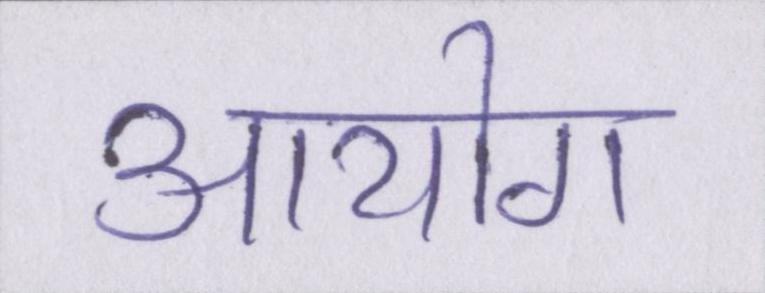
आयोग